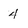
Character: 4